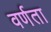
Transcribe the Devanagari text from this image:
वर्णता